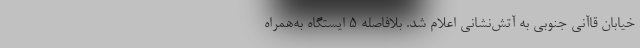
خیابان قاآنی جنوبی به آتش‌نشانی اعلام شد. بلافاصله ۵ ایستگاه به‌همراه